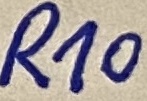
Text: R10